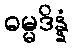
ဓမ္မဒိန္နံ